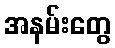
အနမ်းတွေ